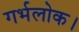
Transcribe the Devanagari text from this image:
गर्भलोक।